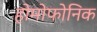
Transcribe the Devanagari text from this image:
होमोफोनिक